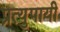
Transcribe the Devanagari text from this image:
प्रत्युपायी